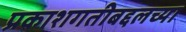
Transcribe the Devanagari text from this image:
प्रकाशगतीबद्दलच्या